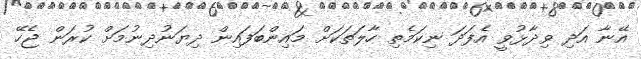
އޭނާ އަދި ވިދާޅުވީ އެފަދަ ނިކަމެތި ހާލަތަކަށް މައިންބަފައިން ދިޔަނުދިނުމަށް ކުރަން ޖެހޭ